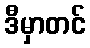
ဒီမှာတင်